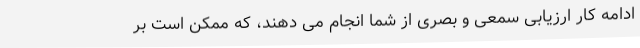
ادامه کار ارزیابی سمعی و بصری از شما انجام می دهند، که ممکن است بر